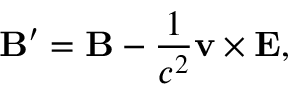
\mathbf { B } ^ { \prime } = \mathbf { B } - { \frac { 1 } { c ^ { 2 } } } \mathbf { v } \times \mathbf { E } ,